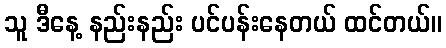
သူ ဒီနေ့ နည်းနည်း ပင်ပန်းနေတယ် ထင်တယ်။